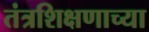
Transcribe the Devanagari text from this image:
तंत्रशिक्षणाच्या